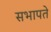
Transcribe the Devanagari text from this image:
सभापते